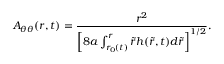
A _ { \theta \theta } ( r , t ) = \frac { r ^ { 2 } } { \left[ 8 a \int _ { r _ { 0 } ( t ) } ^ { r } \tilde { r } h ( \tilde { r } , t ) d \tilde { r } \right] ^ { 1 / 2 } } .